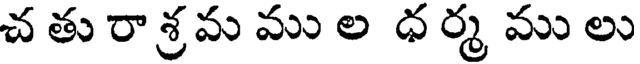
చ తు రా శ్ర మ ము ల ధ ర్మ ము లు